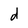
Character: d